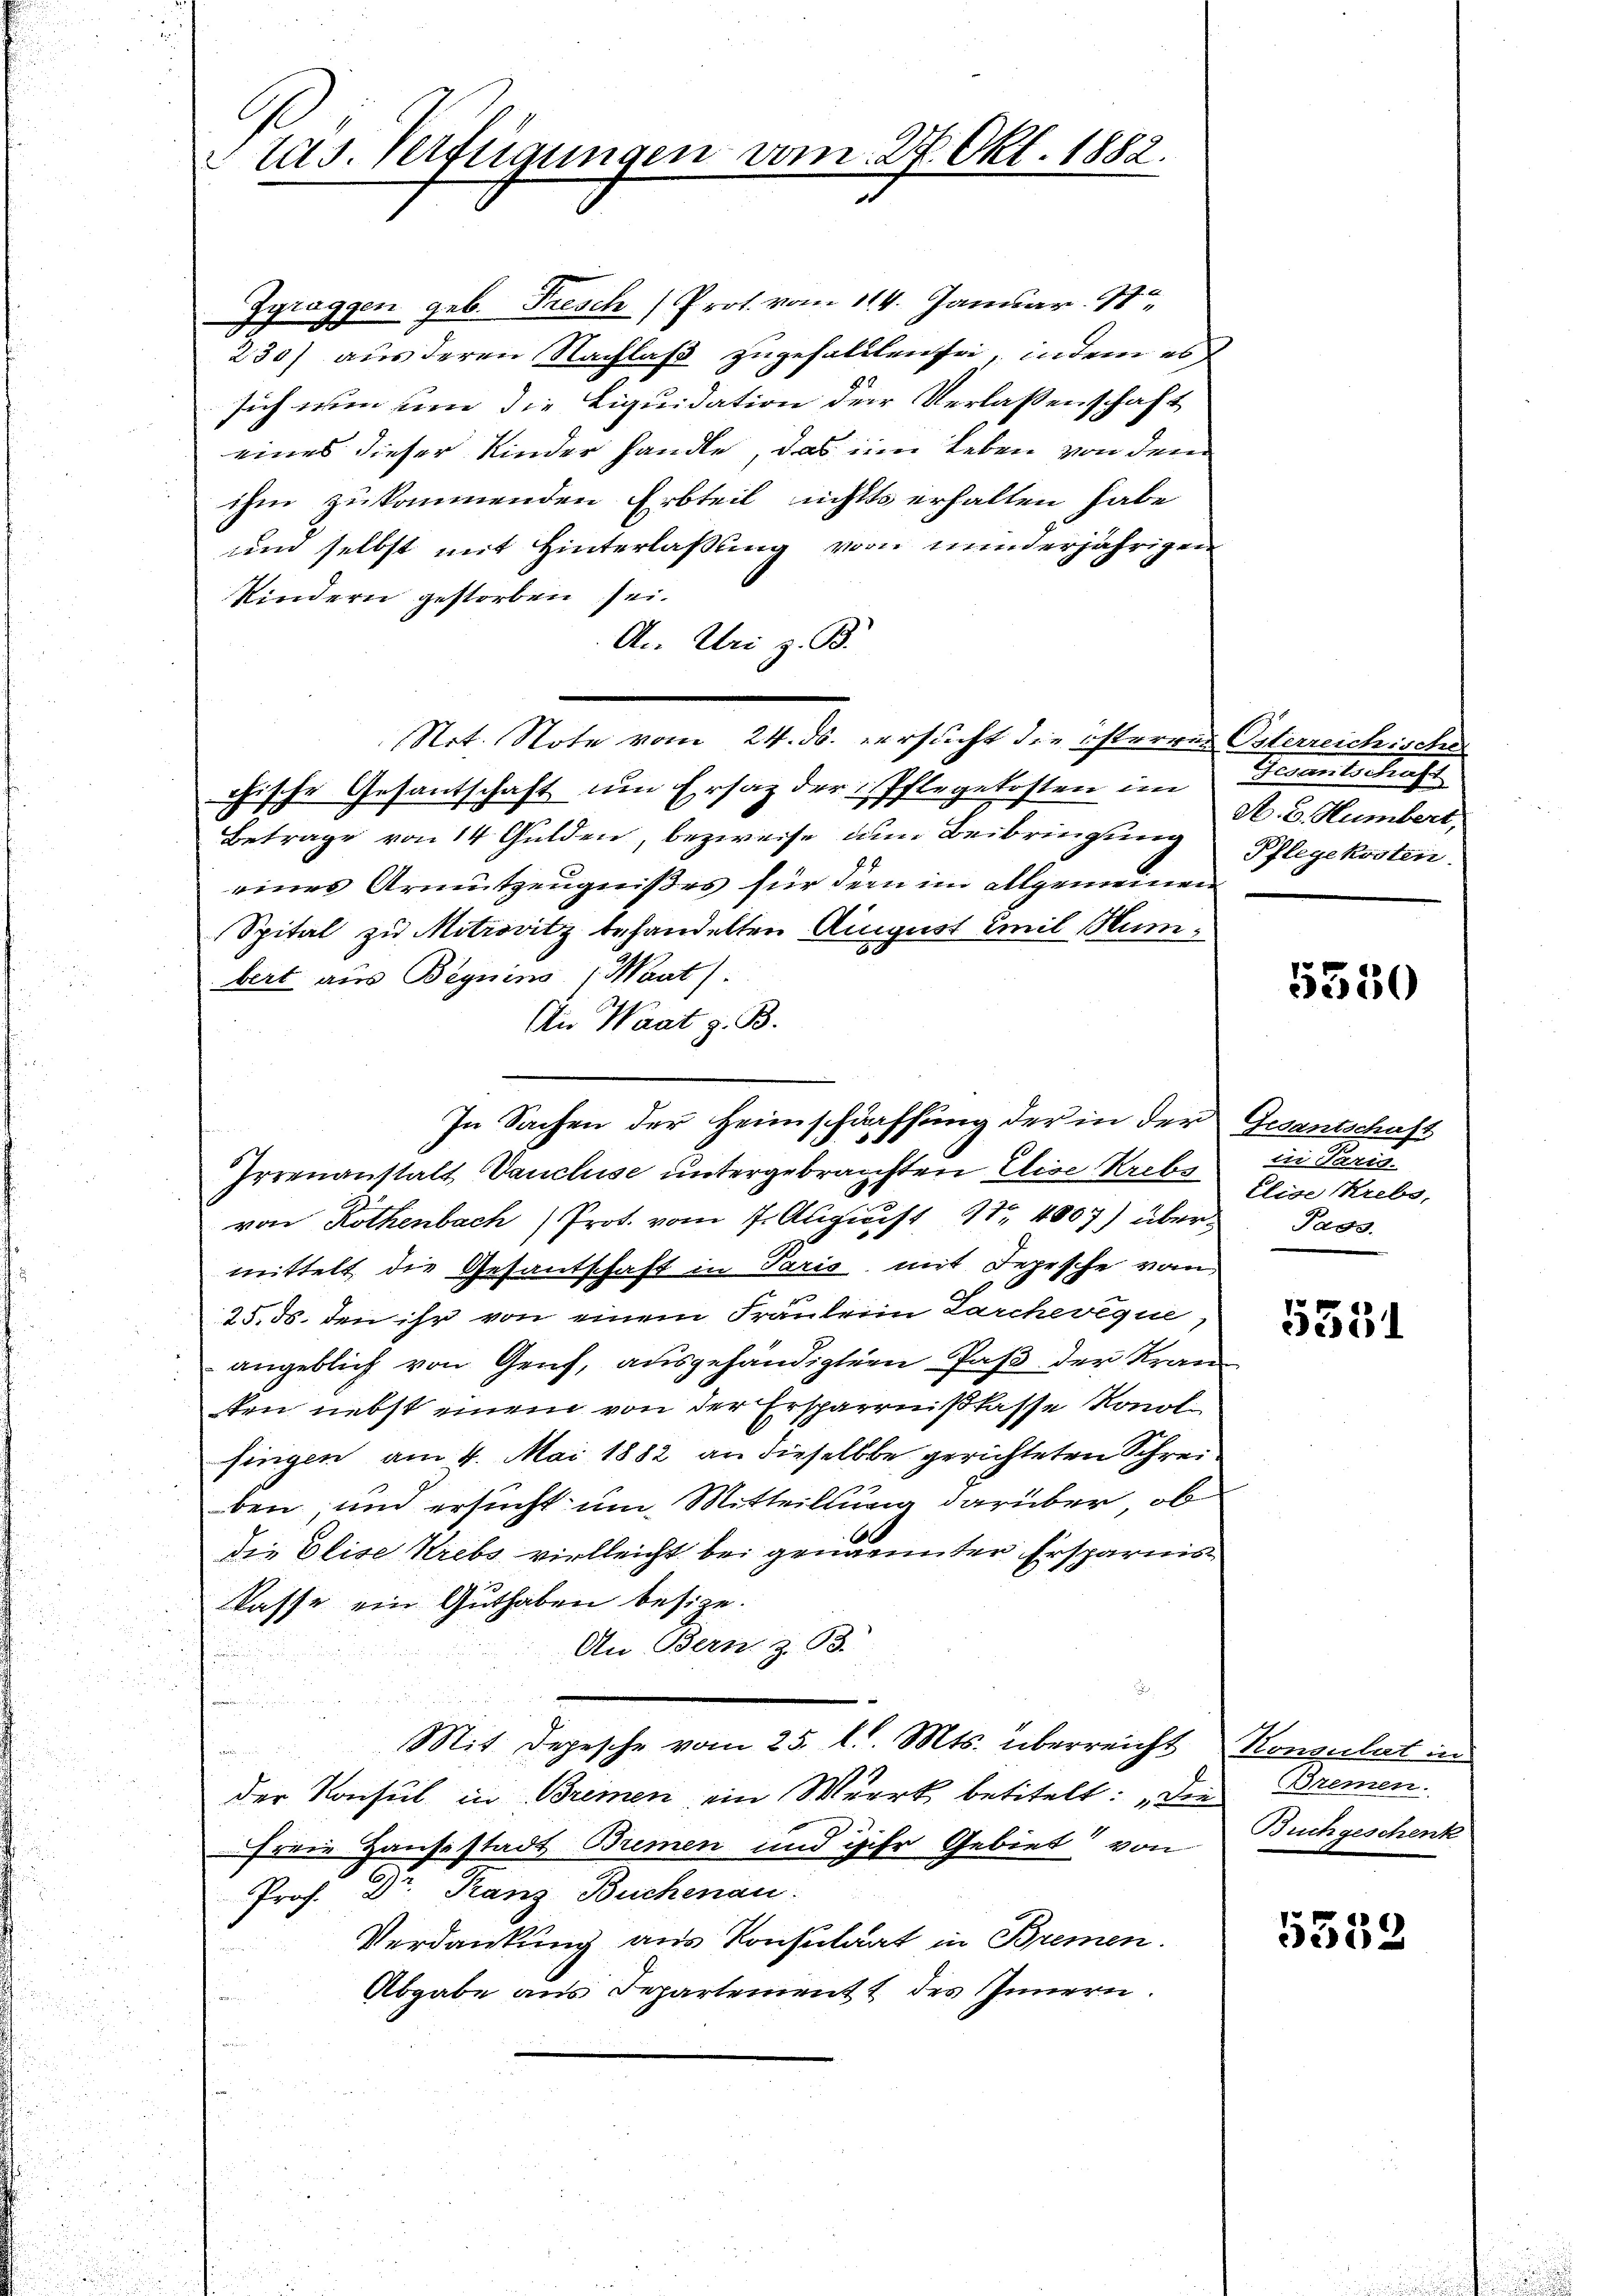
tas. Verfügungen vom 27. Okt. 1882.

Zgraggen geb. Fresch Prot. vom 114. Januar 18
230) aus deren Nachlaß zugefallen sei, indem es
sich wie une die Liquidation der Verlassenschaft
eines dieser Kinder handle, das im Leben von dem
ihm zukommenden Erbteil nichts erhalten habe
und selbst mit Hinterlaßung vom minderjährigen
Kindern gestorben sei.
A.. Uri z. B.
Not. Note vom 24. ds. versucht die österren Osterreichische
chische Gesantschaft um Ersatz der Pflegekosten im Gesantschaft
Betrage von 14 Gulden, bezweife um Beibringung Pflegekosten.
eines Armutzeugnißes für dem im allgemeinen
Spital zu Mitrovitz behandelten August Emil Numbert aus Beguins (Maat).
An Waat z. B.
Irrenanstalt Vanclise untergebrachten Eise Krebs in Paris.
von Rothenbach Prot. vom 7. August 17. 4807) über Pass
mittelt die Gesantschaft in Paris, mit Depesche vom
25. ds. den ihr von einem Fräulein Larchevéque,
angeblich von Genf, ausgehändigtern Paß der Kran
ten nebst einem von der Ersparrnißkasse Konol
singen am 4. Mai 1882 an dieselbe gerichteten Schreiben, und ersucht um Mitteilung darüber, ob
die Elise Krebs vielleicht bei genannter Ersparnis
Kasse ein Guthaben besize.
An Bern, z. B.
.
Mit Depesche vom 25. l. Mts. überreicht Konsulat in
der Konsul in Bremen ein Werk betitelt: „Den Bremen.
freie Hause stadt Bremen und ihr Gebiet von
Prof. Dr. Franz Buchenau.
Verdankung aus Konsulat in Bremen.
Abgabe aus Separtement des Innern.

In Sachen der Heimschärffung der in der Gesantschaft

A. B. Humbert,

5580

Elise Krebs,

5551

Buchgeschenk

5552